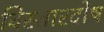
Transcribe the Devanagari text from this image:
विस्तारदोष